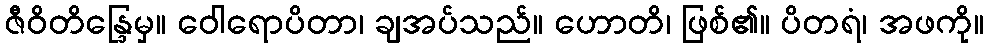
ဇီဝိတိန္ဒြေမှ။ ဝေါရောပိတာ၊ ချအပ်သည်။ ဟောတိ၊ ဖြစ်၏။ ပိတရံ၊ အဖကို။